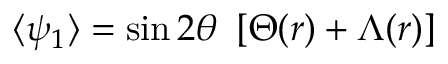
\langle \psi _ { 1 } \rangle = \sin 2 \theta ~ \left[ \Theta ( r ) + \Lambda ( r ) \right]